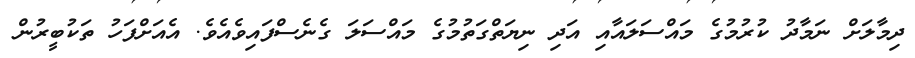
ދިމާލަށް ނަމާދު ކުރުމުގެ މައްސަލައާއި އަދި ނިޔަތްގަތުމުގެ މައްސަލަ ގެނެސްފައިވެއެވެ. އެއަށްފަހު ތަކުބީރުން